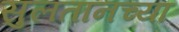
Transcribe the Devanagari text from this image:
सुलतानच्या